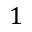
1